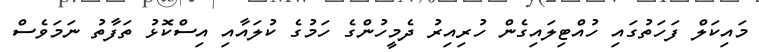
މައިކަލް ފަހަތުގައި ހުއްޓިލައިގެން ހުރިއިރު ދެމީހުންގެ ހަމުގެ ކުލައާއި އިސްކޮޅު ތަފާތު ނަމަވެސް